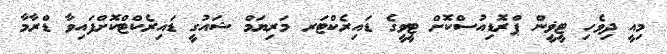
މިއީ ދިވެހި ޓީޥީން ޕްރޮޑިއުސްކޮށް ޓީވީގެ ޑައިރެކްޓަރ މަރިޔަމް ޝައުގީ ޑައިރެކްޓްކޮށްފައިވާ ޑްރާމާ